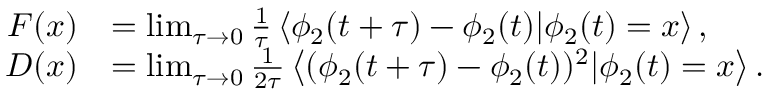
\begin{array} { r l } { F ( x ) } & { = \operatorname* { l i m } _ { \tau \rightarrow 0 } \frac { 1 } { \tau } \left\langle \phi _ { 2 } ( t + \tau ) - \phi _ { 2 } ( t ) | \phi _ { 2 } ( t ) = x \right\rangle , } \\ { D ( x ) } & { = \operatorname* { l i m } _ { \tau \rightarrow 0 } \frac { 1 } { 2 \tau } \left\langle ( \phi _ { 2 } ( t + \tau ) - \phi _ { 2 } ( t ) ) ^ { 2 } | \phi _ { 2 } ( t ) = x \right\rangle . } \end{array}